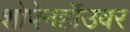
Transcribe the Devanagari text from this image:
शोपेनहॉउवर